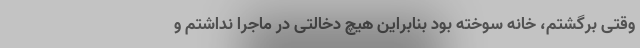
وقتی برگشتم، خانه سوخته بود بنابراین هیچ دخالتی در ماجرا نداشتم و